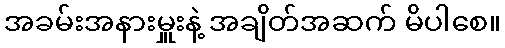
အခမ်းအနားမှူးနဲ့ အချိတ်အဆက် မိပါစေ။